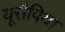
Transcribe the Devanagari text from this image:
यूसैपिया